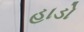
હાડો